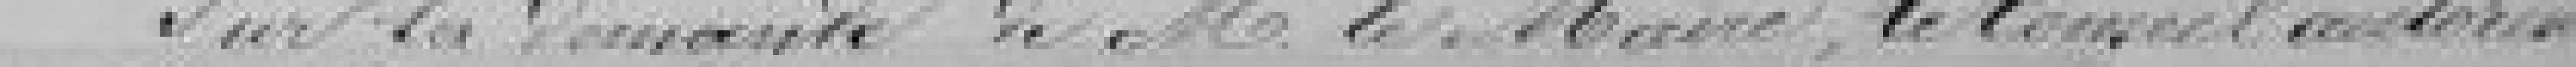
Sur la demande de Monsieur le Maire , le Conseil autorise